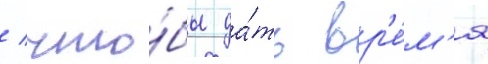
/ что́бы да́ть вр'е́м'я